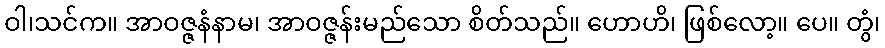
ဝါ၊သင်က။ အာဝဇ္ဇနံနာမ၊ အာဝဇ္ဇန်းမည်သော စိတ်သည်။ ဟောဟိ၊ ဖြစ်လော့။ ပေ။ တွံ၊